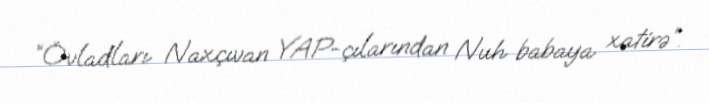
“Övladları Naxçıvan YAP-çılarından Nuh babaya xatirə”.